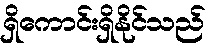
ရှိကောင်းရှိနိုင်သည်